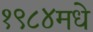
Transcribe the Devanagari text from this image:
१९८४मधे